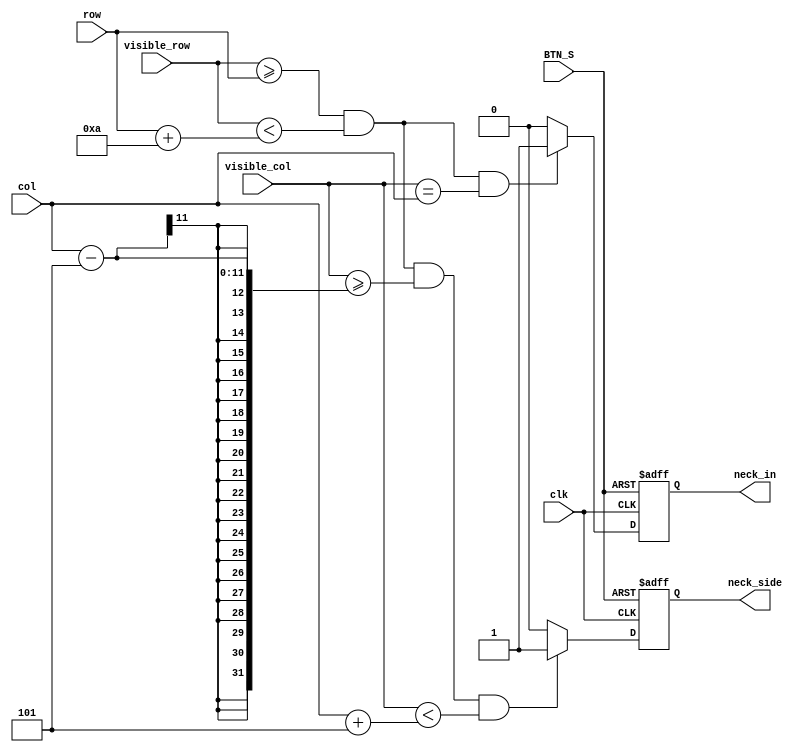
module bottle_brick (clk,BTN_S,visible_col,visible_row,col,row,neck_side,neck_in);

input clk,BTN_S;
input [10:0]visible_col,visible_row,col,row;
output reg neck_side,neck_in;

always @(posedge clk or posedge BTN_S) begin
	if (BTN_S)
		neck_side <= 0;
	else if (visible_row >= row && visible_row < row + 10 && visible_col >= col-5 && visible_col < col + 5)
		neck_side <= 1;
	else begin
		neck_side <= 0;
	end
end

always @(posedge clk or posedge BTN_S) begin
	if (BTN_S)
		neck_in <= 0;
	else if (visible_row >= row && visible_row < row + 10 && visible_col == col)
		neck_in <= 1;
	else begin
		neck_in <= 0;
	end

end
endmodule